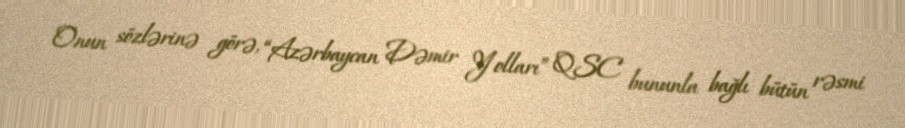
Onun sözlərinə görə, “Azərbaycan Dəmir Yolları” QSC bununla bağlı bütün rəsmi